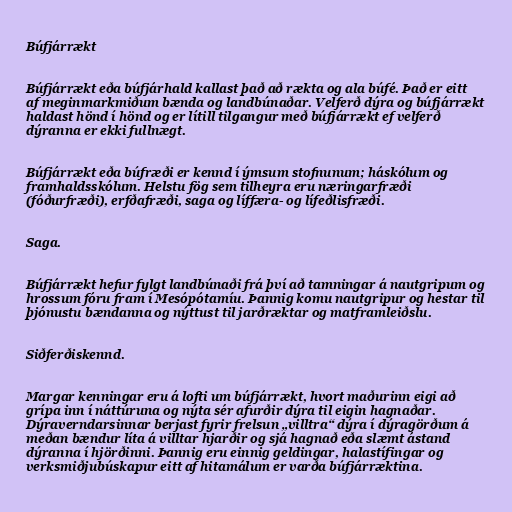
Búfjárrækt

Búfjárrækt eða búfjárhald kallast það að rækta og ala búfé. Það er eitt
af meginmarkmiðum bænda og landbúnaðar. Velferð dýra og búfjárrækt
haldast hönd í hönd og er lítill tilgangur með búfjárrækt ef velferð
dýranna er ekki fullnægt.

Búfjárrækt eða búfræði er kennd í ýmsum stofnunum; háskólum og
framhaldsskólum. Helstu fög sem tilheyra eru næringarfræði
(fóðurfræði), erfðafræði, saga og líffæra- og lífeðlisfræði.

Saga.

Búfjárrækt hefur fylgt landbúnaði frá því að tamningar á nautgripum og
hrossum fóru fram í Mesópótamíu. Þannig komu nautgripur og hestar til
þjónustu bændanna og nýttust til jarðræktar og matframleiðslu.

Siðferðiskennd.

Margar kenningar eru á lofti um búfjárrækt, hvort maðurinn eigi að
grípa inn í náttúruna og nýta sér afurðir dýra til eigin hagnaðar.
Dýraverndarsinnar berjast fyrir frelsun „villtra“ dýra í dýragörðum á
meðan bændur líta á villtar hjarðir og sjá hagnað eða slæmt ástand
dýranna í hjörðinni. Þannig eru einnig geldingar, halastífingar og
verksmiðjubúskapur eitt af hitamálum er varða búfjárræktina.